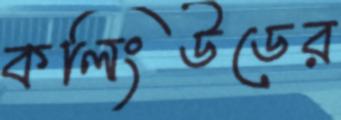
কলিংউডের